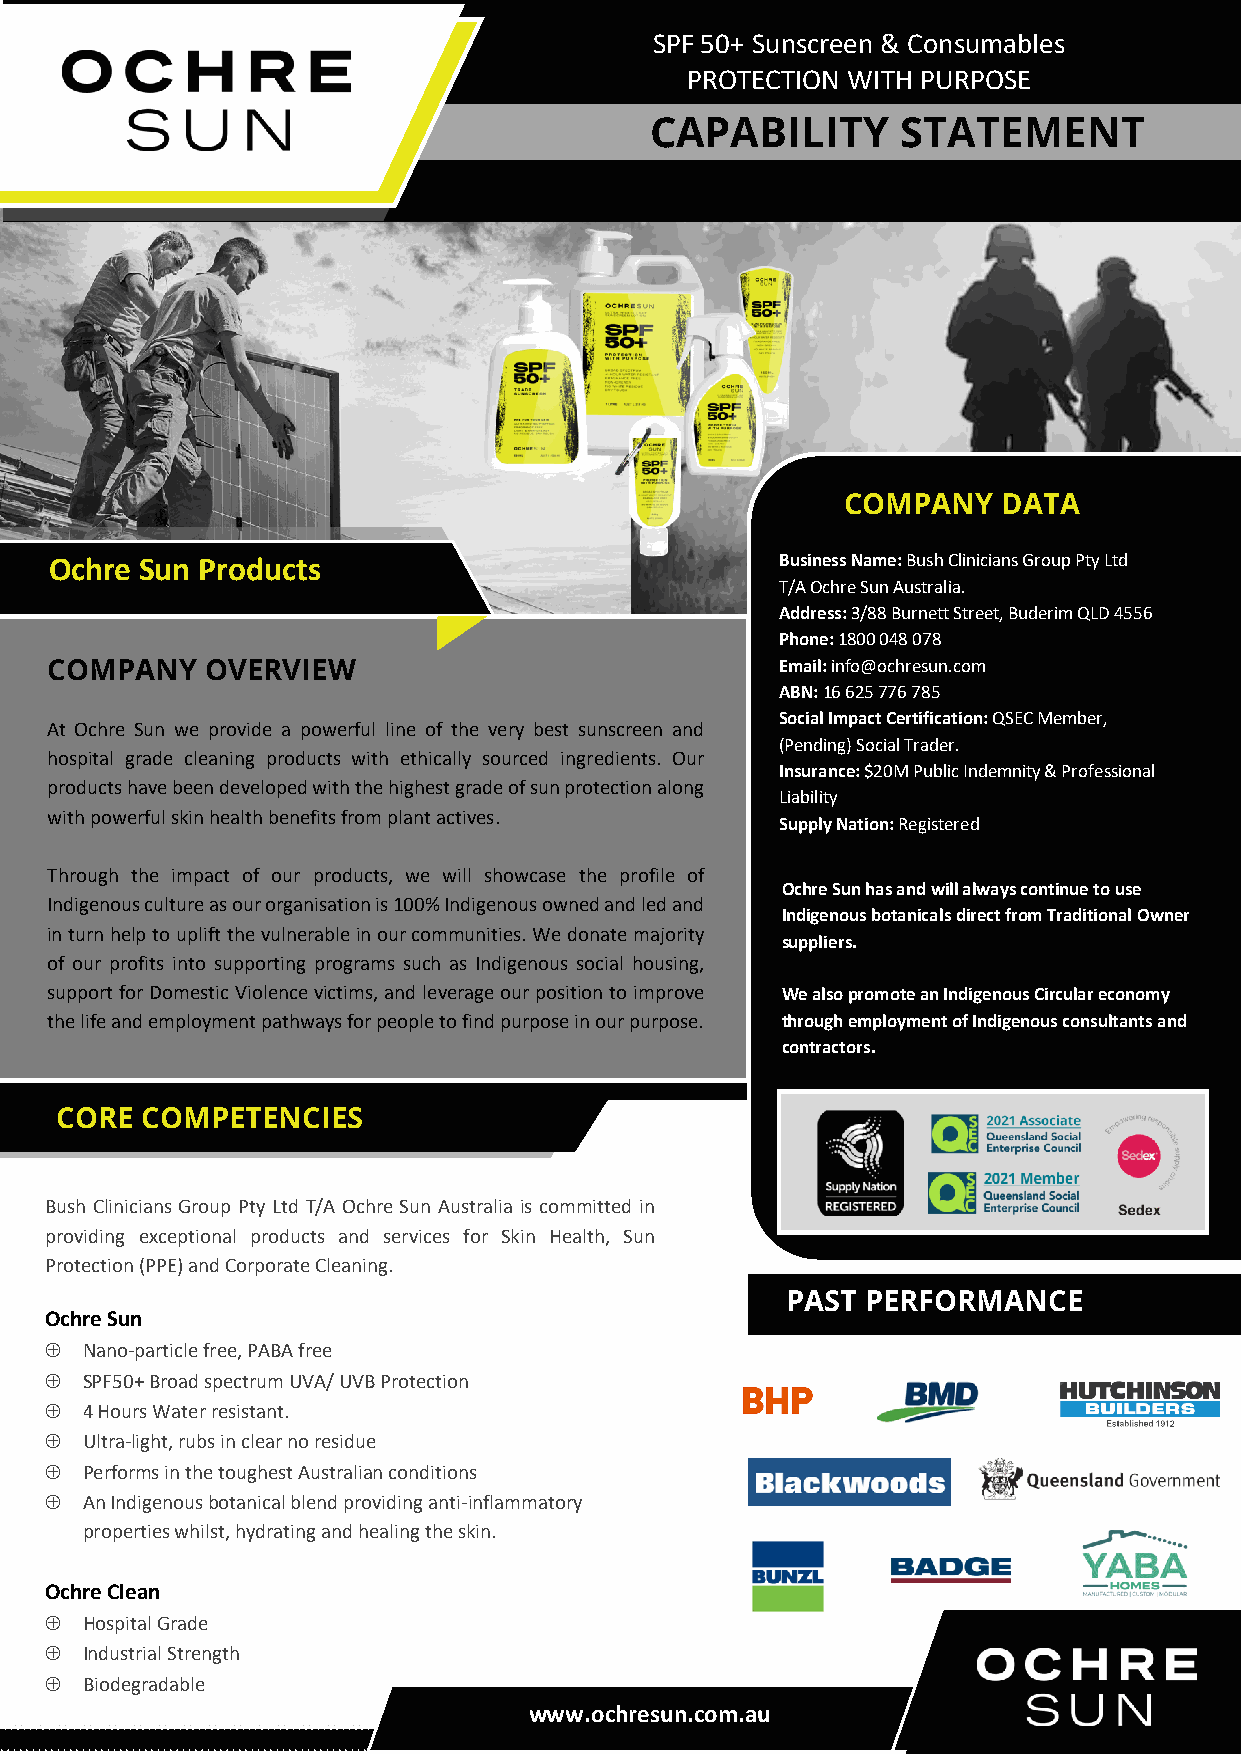
SPF 50+ Sunscreen & Consumables
 PROTECTION WITH PURPOSE
 CAPABILITY       STATEMENT
 COMPANY   DATA
 Ochre Sun Products                               Business Name: Bush Clinicians Group Pty Ltd
 T/A Ochre Sun Australia.
 Address: 3/88 Burnett Street, Buderim QLD 4556
 Phone: 1800 048 078
 COMPANY    OVERVIEW                              Email: info@ochresun.com
 ABN: 16 625 776 785
 Social Impact Certification: QSEC Member,
 At Ochre Sun we provide a powerful line of the very best sunscreen and
 (Pending) Social Trader.
 hospital grade cleaning products with ethically sourced ingredients. Our
 Insurance: $20M Public Indemnity & Professional
 products have been developed with the highest grade of sun protection along
 Liability
 with powerful skin health benefits from plant actives.
 Supply Nation: Registered
 Through the impact of our products, we will showcase the profile of
 Ochre Sun has and will always continue to use
 Indigenous c ulture as our organisation is 100% Indigenous owned and led and
 Indigenous botanicals direct from Traditional Owner
 in turn help to uplift the vulnerable in our communities. We donate majority
 suppliers.
 of our profit s into supporting programs such as Indigenous social housing,
 support for Domestic Violence victims, and leverage our position to improve We also promote an Indigenous Circular economy
 the life and employment pathways for people to find purpose in our purpose. through employment of Indigenous consultants and
 contractors.
 CORE C OMPETENCIES
 Bush Clinicians Group Pty Ltd T/A Ochre Sun Australia is committed in
 providing exceptional products and services for Skin Health, Sun
 Protection (PPE) and Corporate Cleaning.
 PAST PERFORMANCE
 Ochre Sun
 Å Nano-particle free, PABA free
 Å SPF50+ B road spectrum UVA/ UVB Protection
 Å 4 Hours Water resistant.
 Å Ultra-ligh t, rubs in clear no residue
 Å Performs in the toughest Australian conditions
 Å An Indigenous botanical blend providing anti-inflammatory
 properties whilst, hydrating and healing the skin.
 Ochre Clean
 Å Hospital Grade
 Å Industrial Strength
 Å Biodegradable
 www.ochresun.com.au